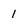
Character: 1